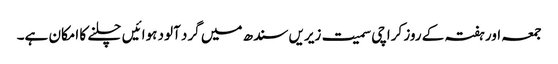
جمعہ اور ہفتہ کے روز کراچی سمیت زیریں سندھ میں گرد آلود ہوائیں چلنے کا امکان ہے۔